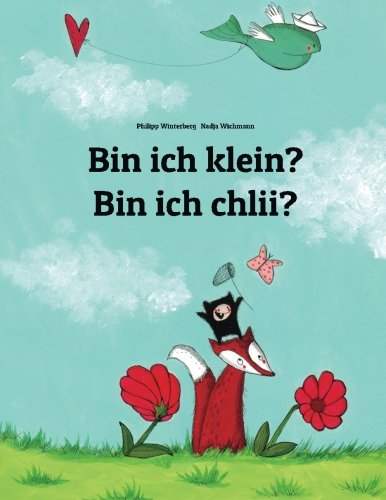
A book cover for Bin ich klein? Bin ich chlii?: Kinderbuch Deutsch-Schweizerdeutsch (zweisprachig/bilingual) (German Edition); Philipp Winterberg; Children's Books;